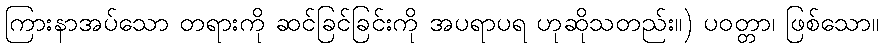
ကြားနာအပ်သော တရားကို ဆင်ခြင်ခြင်းကို အပရာပရ ဟုဆိုသတည်း။) ပဝတ္တာ၊ ဖြစ်သော။